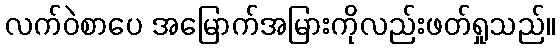
လက်ဝဲစာပေ အမြောက်အမြားကိုလည်းဖတ်ရှုသည်။